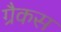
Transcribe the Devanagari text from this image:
ग्रैकस